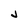
Character: J